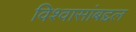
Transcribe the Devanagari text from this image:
विश्वासांबद्दल